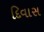
દિવાસ